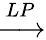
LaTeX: \xrightarrow{LP}